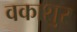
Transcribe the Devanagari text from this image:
वकाशुर